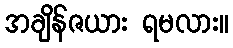
အချိန်ဇယား ရမလား။